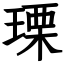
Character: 瑮